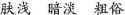
肤浅 暗淡 粗俗